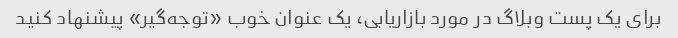
برای یک پست وبلاگ در مورد بازاریابی، یک عنوان خوب «توجه‌گیر» پیشنهاد کنید